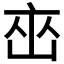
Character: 𬽋